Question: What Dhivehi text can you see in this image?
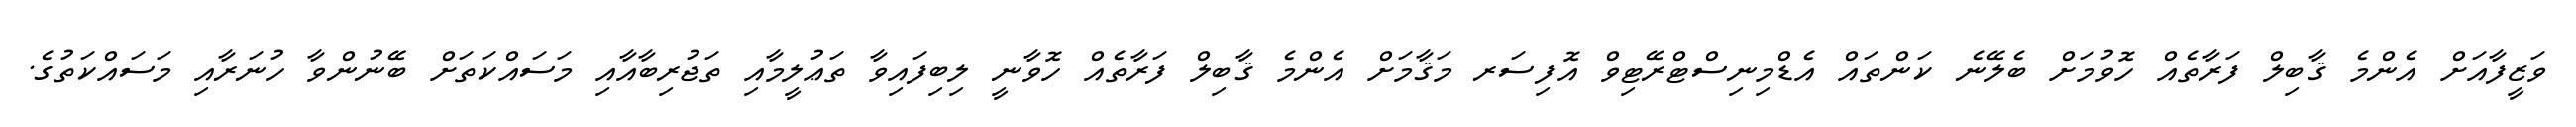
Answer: ވަޒީފާއަށް އެންމެ ޤާބިލް ފަރާތެއް ހޮވުމަށް ބެލޭނެ ކަންތައް އެޑްމިނިސްޓްރޭޓިވް އޮފިސަރ މަޤާމަށް އެންމެ ޤާބިލް ފަރާތެއް ހޮވާނީ ލިބިފައިވާ ތަޢުލީމާއި ތަޖުރިބާއާއި މަސައްކަތަށް ބޭނުންވާ ހުނަރާއި މަސައްކަތުގެ.